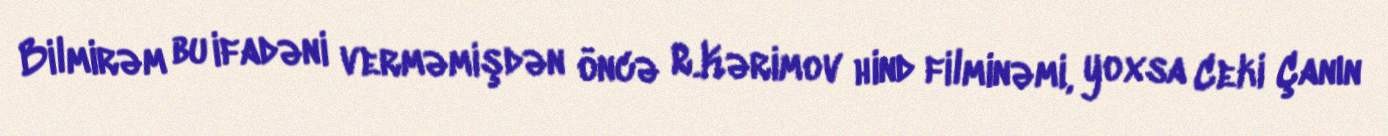
Bilmirəm bu ifadəni verməmişdən öncə R.Kərimov hind filminəmi, yoxsa Ceki Çanın